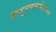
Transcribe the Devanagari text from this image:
बिन्दुन्यासादयोऽवस्थाः